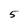
Character: 5